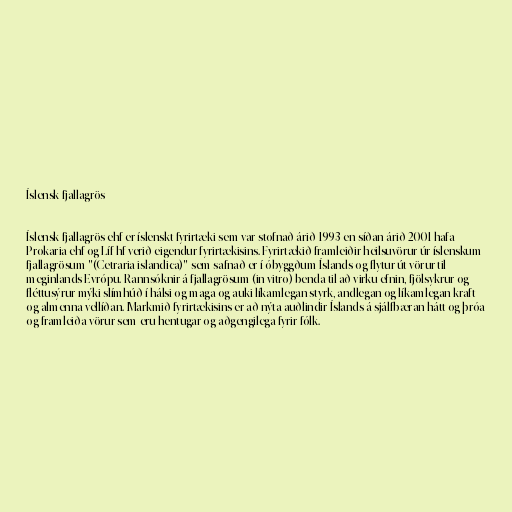
Íslensk fjallagrös

Íslensk fjallagrös ehf er íslenskt fyrirtæki sem var stofnað árið 1993 en síðan árið 2001 hafa
Prokaria ehf og Líf hf verið eigendur fyrirtækisins. Fyrirtækið framleiðir heilsuvörur úr íslenskum
fjallagrösum "(Cetraria islandica)" sem safnað er í óbyggðum Íslands og flytur út vörur til
meginlands Evrópu. Rannsóknir á fjallagrösum (in vitro) benda til að virku efnin, fjölsykrur og
fléttusýrur mýki slímhúð í hálsi og maga og auki líkamlegan styrk, andlegan og líkamlegan kraft
og almenna vellíðan. Markmið fyrirtækisins er að nýta auðlindir Íslands á sjálfbæran hátt og þróa
og framleiða vörur sem eru hentugar og aðgengilega fyrir fólk.